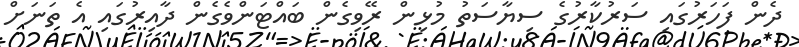
ދެން ފަހަރުގައި ސަރުކާރުގެ ސިޔާސަތު މުޅިން ރޭވިގެން ބައްޓަންވެގެން ދާއިރުގައި އެ ތަނަށް